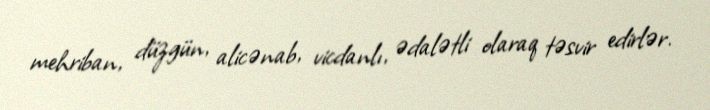
mehriban, düzgün, alicənab, vicdanlı, ədalətli olaraq təsvir edirlər.